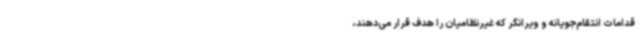
قدامات انتقام‌جویانه و ویرانگر که غیرنظامیان را هدف قرار می‌دهند،